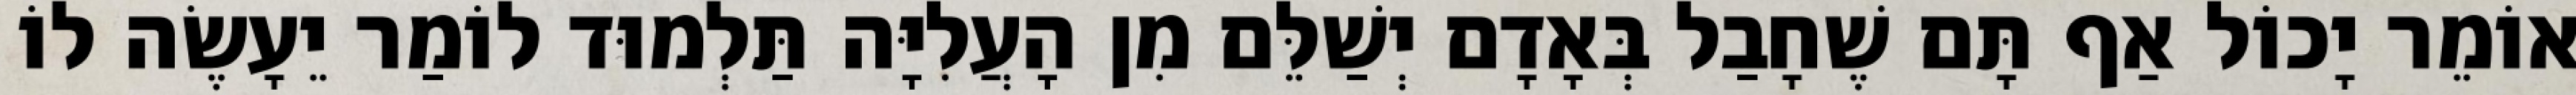
אוֹמֵר יָכוֹל אַף תָּם שֶׁחָבַל בְּאָדָם יְשַׁלֵּם מִן הָעֲלִיָּה תַּלְמוּד לוֹמַר יֵעָשֶׂה לוֹ